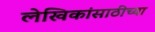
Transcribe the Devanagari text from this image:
लेखिकांसाठीच्या